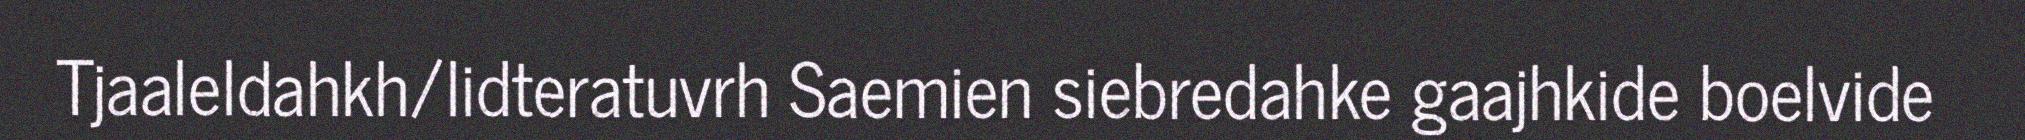
Tjaaleldahkh/lidteratuvrh Saemien siebredahke gaajhkide boelvide